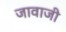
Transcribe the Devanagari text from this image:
जावाजी